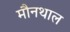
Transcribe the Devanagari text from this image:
मौनथाल